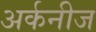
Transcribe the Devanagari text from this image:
अर्कनीज